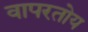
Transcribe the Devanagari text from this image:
वापरतोय